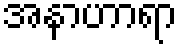
အနာဟာရာ